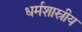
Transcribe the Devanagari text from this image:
धर्मशास्रीय